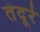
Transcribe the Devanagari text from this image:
तंदूरे